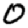
Digit: 0